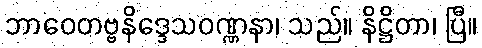
ဘာဝေတဗ္ဗနိဒ္ဒေသဝဏ္ဏနာ၊ သည်။ နိဋ္ဌိတာ၊ ပြီ။